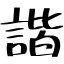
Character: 諧